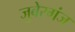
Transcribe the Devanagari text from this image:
जुबेरगंज